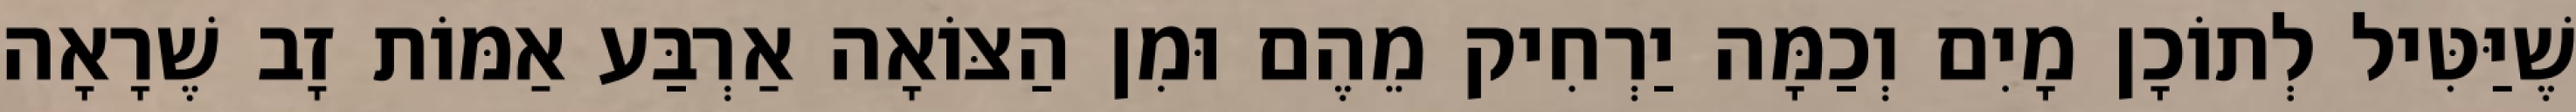
שֶׁיַּטִּיל לְתוֹכָן מָיִם וְכַמָּה יַרְחִיק מֵהֶם וּמִן הַצּוֹאָה אַרְבַּע אַמּוֹת זָב שֶׁרָאָה